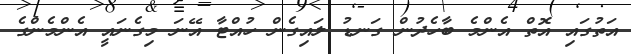
އަތުގައި އޮތް އެންމެ ބާހެދުން ގަނޑު ލައިގެން ހުއްޓާ އޭނަ މިގެނައީ އެންމެންގެ